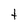
Character: t